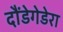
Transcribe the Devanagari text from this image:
दौंडेगेडेरा